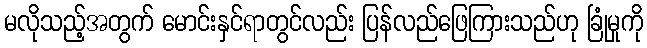
မလိုသည့်အတွက် မောင်းနှင်ရာတွင်လည်း ပြန်လည်ဖြေကြားသည်ဟု ခြုံမှုကို